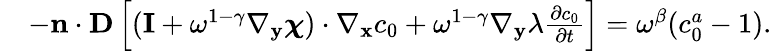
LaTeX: \begin{array}{rl}&{-\mathbf n\cdot\textbf{D}\left[(\mathbf I+\omega^{1-\gamma}\nabla_{\mathbf y}\boldsymbol\chi)\cdot\nabla_{\mathbf x}c_{0}+\omega^{1-\gamma}\nabla_{\mathbf y}\lambda\frac{\partial c_{0}}{\partial t}\right]=\omega^{\beta}(c_{0}^{a}-1).}\end{array}